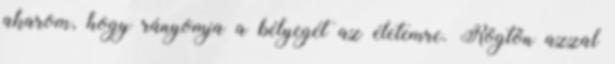
akarom, hogy rányomja a bélyegét az életemre. Rögtön azzal